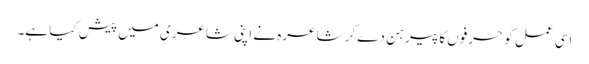
اسی عمل کو حرفوں کا پیرہن دے کر شاعرہ نے اپنی شاعری میں پیش کیا ہے۔